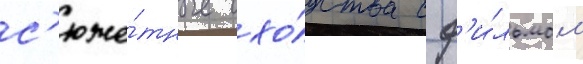
с'юже́тные схо́дства с ф'и́льмом